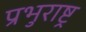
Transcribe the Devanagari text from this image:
प्रभुराष्ट्र